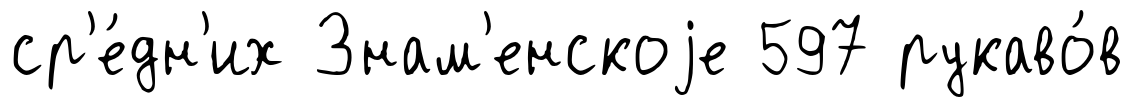
ср'е́дн'их Знам'енскоjе 597 рукаво́в